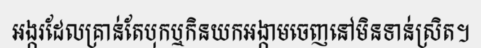
អង្ករដែលគ្រាន់តែបុកឬកិនយកអង្កាមចេញនៅមិនទាន់ស្រិត។